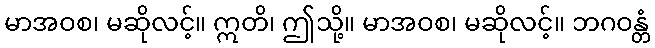
မာအဝစ၊ မဆိုလင့်။ ဣတိ၊ ဤသို့။ မာအဝစ၊ မဆိုလင့်။ ဘဂဝန္တံ